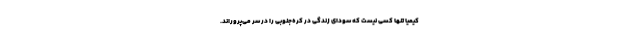
کیمیا تنها کسی نیست که سودای زندگی در کره‌جنوبی را در سر می‌پروراند.